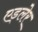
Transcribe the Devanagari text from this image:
एड्लेर